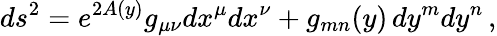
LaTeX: ds^{2}=e^{2A(y)}g_{\mu\nu}dx^{\mu}dx^{\nu}+g_{mn}(y)\, dy^{m}dy^{n}\, ,